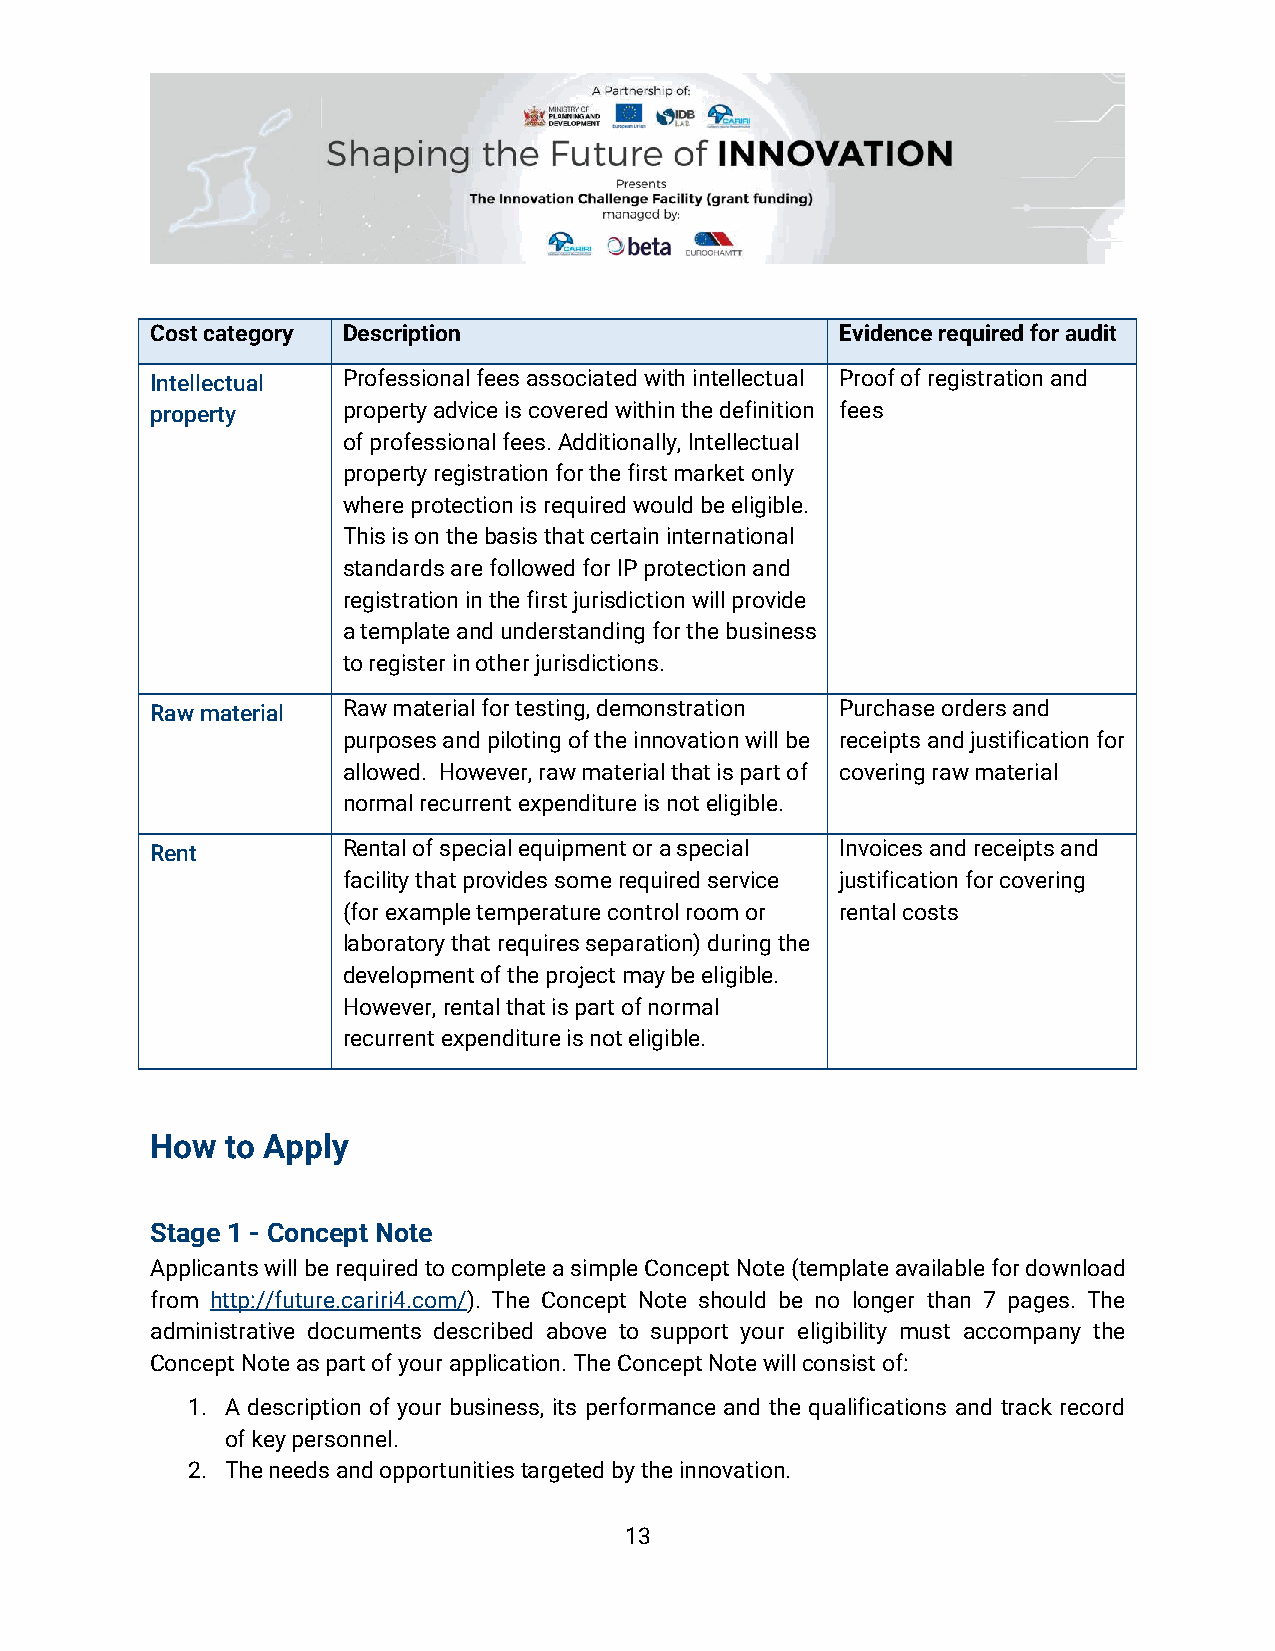
Cost category Description                     Evidence required for audit
 Intellectual Professional fees associated with intellectual Proof of registration and
 property     property advice is covered within the definition fees
 of professional fees. Additionally, Intellectual
 property registration for the first market only
 where protection is required would be eligible.
 This is on the basis that certain international
 standards are followed for IP protection and
 registration in the first jurisdiction will provide
 a template and understanding for the business
 to register in other jurisdictions.
 Raw material Raw material for testing, demonstration Purchase orders and
 purposes and piloting of the innovation will be receipts and justification for
 allowed. However, raw material that is part of covering raw material
 normal recurrent expenditure is not eligible.
 Rent         Rental of special equipment or a special Invoices and receipts and
 facility that provides some required service justification for covering
 (for example temperature control room or rental costs
 laboratory that requires separation) during the
 development of the project may be eligible.
 However, rental that is part of normal
 recurrent expenditure is not eligible.
 How  to Apply
 Stage 1 - Concept Note
 Applicants will be required to complete a simple Concept Note (template available for download
 from http://future.cariri4.com/). The Concept Note should be no longer than 7 pages. The
 administrative documents described above to support your eligibility must accompany the
 Concept Note as part of your application. The Concept Note will consist of:
 1. A description of your business, its performance and the qualifications and track record
 of key personnel.
 2. The needs and opportunities targeted by the innovation.
 13